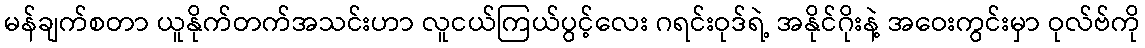
မန်ချက်စတာ ယူနိုက်တက်အသင်းဟာ လူငယ်ကြယ်ပွင့်လေး ဂရင်းဝုဒ်ရဲ့ အနိုင်ဂိုးနဲ့ အဝေးကွင်းမှာ ဝုလ်ဗ်ကို